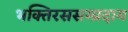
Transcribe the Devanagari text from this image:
भक्तिरससम्प्रदाय